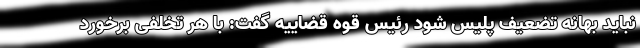
نباید بهانه تضعیف پلیس شود رئیس قوه قضاییه گفت: با هر تخلفی برخورد